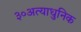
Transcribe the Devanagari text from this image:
३०अत्याधुनिक